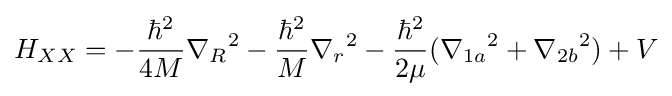
H_{XX}=-{\frac {\hbar ^{2}}{4M}}{\nabla _{R}}^{2}-{\frac {\hbar ^{2}}{M}}{\nabla _{r}}^{2}-{\frac {\hbar ^{2}}{2\mu }}({\nabla _{1a}}^{2}+{\nabla _{2b}}^{2})+V